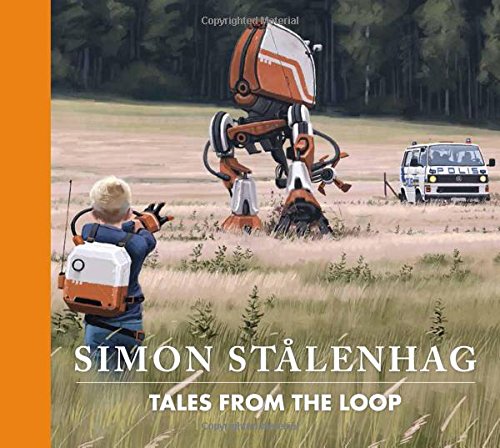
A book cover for Tales from the Loop; Simon StÃ¥lenhag; Science Fiction & Fantasy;